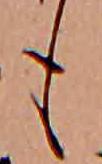
も